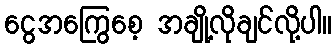
ငွေအကြွေစေ့ အချို့လိုချင်လို့ပါ။